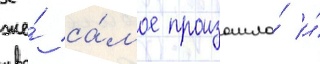
же́ са́мое произошло́ и́